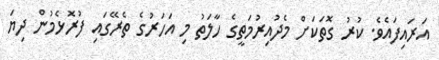
އަރައިފައެވެ. ކުރު ގޮތަކަށް މެދުއިރުމަތީގެ ހާލަތު މި އަހަރުގެ ތެރޭގައި ފުރޮޅެމުން ދިޔަ